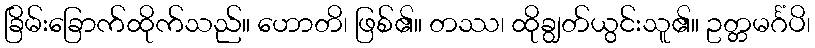
ခြိမ်းခြောက်ထိုက်သည်။ ဟောတိ၊ ဖြစ်၏။ တဿ၊ ထိုချွတ်ယွင်းသူ၏။ ဥတ္တမင်္ဂံပိ၊